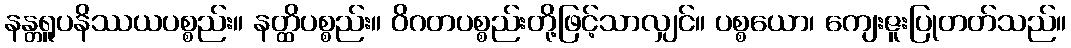
နန္တရူပနိဿယပစ္စည်း။ နတ္ထိပစ္စည်း။ ဝိဂတပစ္စည်းတို့ဖြင့်သာလျှင်။ ပစ္စယော၊ ကျေးဇူးပြုတတ်သည်။